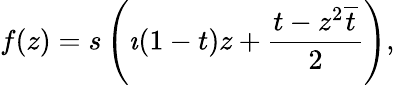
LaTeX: f(z)=s\left(\imath(1-t)z+\frac{t-z^{2}\overline{{t}}}{2}\right),